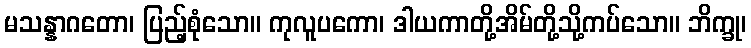
မသန္နာဂတော၊ ပြည့်စုံသော။ ကုလူပကော၊ ဒါယကာတို့အိမ်တို့သို့ကပ်သော။ ဘိက္ခု၊